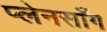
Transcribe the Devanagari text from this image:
प्लेनसाँग